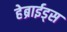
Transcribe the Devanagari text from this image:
हेब्राईड्स